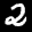
Label: 2